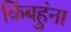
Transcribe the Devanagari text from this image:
किंबहुंना